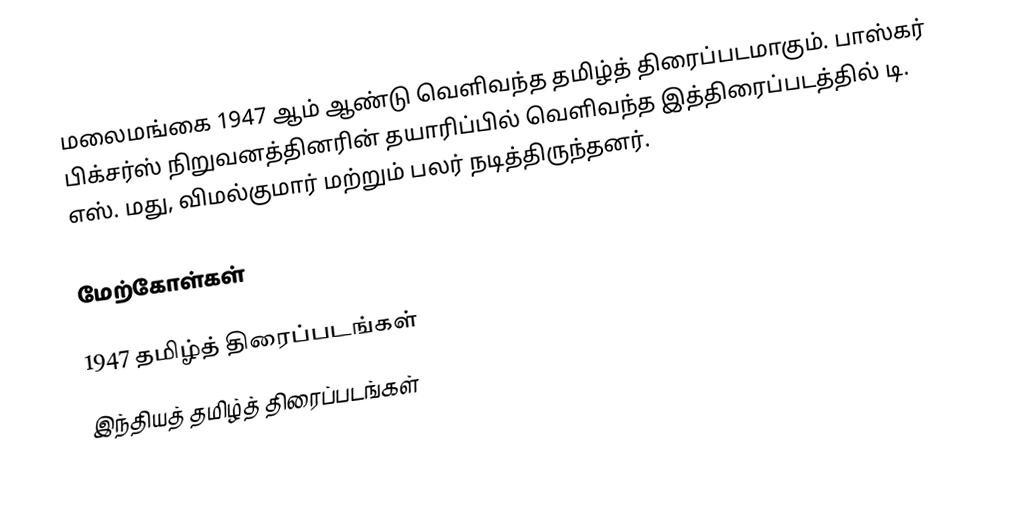
மலைமங்கை 1947 ஆம் ஆண்டு வெளிவந்த தமிழ்த் திரைப்படமாகும். பாஸ்கர் பிக்சர்ஸ் நிறுவனத்தினரின் தயாரிப்பில் வெளிவந்த இத்திரைப்படத்தில் டி. எஸ். மது, விமல்குமார் மற்றும் பலர் நடித்திருந்தனர்.

மேற்கோள்கள்

1947 தமிழ்த் திரைப்படங்கள்
இந்தியத் தமிழ்த் திரைப்படங்கள்